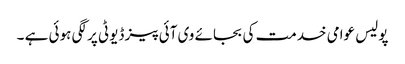
پولیس عوامی خدمت کی بجائے وی آئی پیز ڈیوٹی پر لگی ہوئی ہے ۔